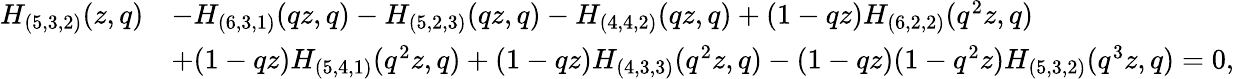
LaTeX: \begin{array}{rl}{H_{(5,3,2)}(z,q)}&{-H_{(6,3,1)}(qz,q)-H_{(5,2,3)}(qz,q)-H_{(4,4,2)}(qz,q)+(1-qz)H_{(6,2,2)}(q^{2}z,q)}\\ &{+(1-qz)H_{(5,4,1)}(q^{2}z,q)+(1-qz)H_{(4,3,3)}(q^{2}z,q)-(1-qz)(1-q^{2}z)H_{(5,3,2)}(q^{3}z,q)=0,}\end{array}